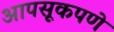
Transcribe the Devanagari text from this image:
आपसूकपणे